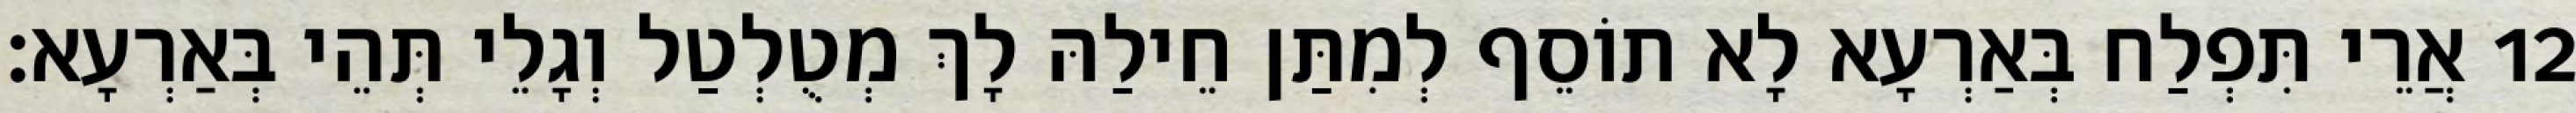
12 אֲרֵי תִּפְלַח בְּאַרְעָא לָא תוֹסֵף לְמִתַּן חֵילַהּ לָךְ מְטֻלְטַל וְגָלֵי תְּהֵי בְּאַרְעָא׃